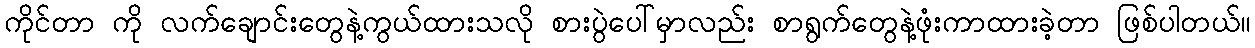
ကိုင်တာ ကို လက်ချောင်းတွေနဲ့ကွယ်ထားသလို စားပွဲပေါ်မှာလည်း စာရွက်တွေနဲ့ဖုံးကာထားခဲ့တာ ဖြစ်ပါတယ်။